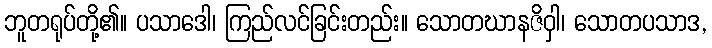
ဘူတရုပ်တို့၏။ ပသာဒေါ၊ ကြည်လင်ခြင်းတည်း။ သောတဃာနဇိဝှါ၊ သောတပသာဒ,